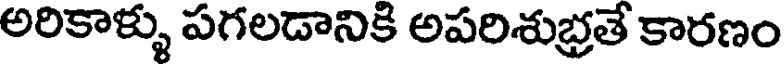
అరికాళ్ళు పగలడానికి అపరిశుభ్రతే కారణం